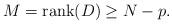
LaTeX: \begin{align*}M= \hbox{rank}(D)\geq N-p.\end{align*}